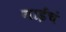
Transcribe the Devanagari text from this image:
गाईंचं